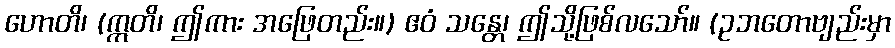
ဟောတိ၊ (ဣတိ၊ ဤကား အဖြေတည်း။) ဧဝံ သန္တေ၊ ဤသို့ဖြစ်လသော်။ (ဥဘတောဗျည်းမှာ